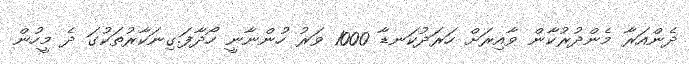
ދެންއަރާ މެންދުރުކާން ވާއިރަށް ހަރަދުކަނޑާ 1000 ވަރު ހުންނާނީ ހޯދާފަ.ގިނަކާރުތަކުގަ ދެ މީހުން